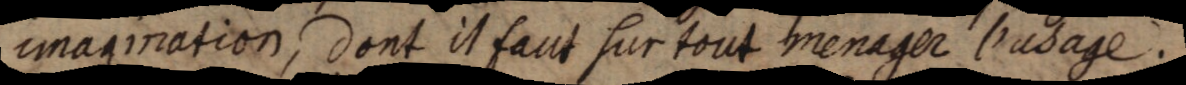
imagination, dont il faut sur tout menager l’usage.